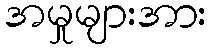
အမှုများအား